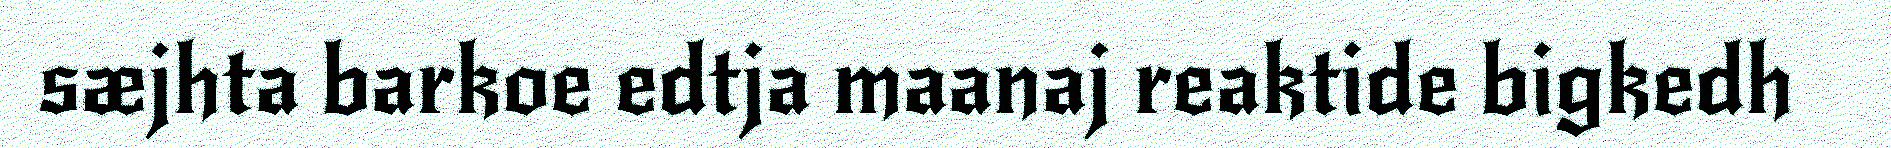
sæjhta barkoe edtja maanaj reaktide bigkedh